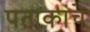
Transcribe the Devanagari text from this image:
पताकांचे